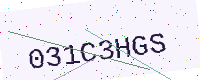
Text: 031C3HGS